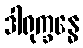
ဒါရုက္ခန္ဓေ